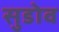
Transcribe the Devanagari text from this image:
सुडोव